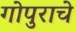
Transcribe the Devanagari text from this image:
गोपुराचे